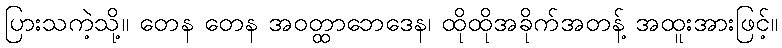
ပြားသကဲ့သို့။ တေန တေန အဝတ္ထာဘေဒေန၊ ထိုထိုအခိုက်အတန့် အထူးအားဖြင့်။